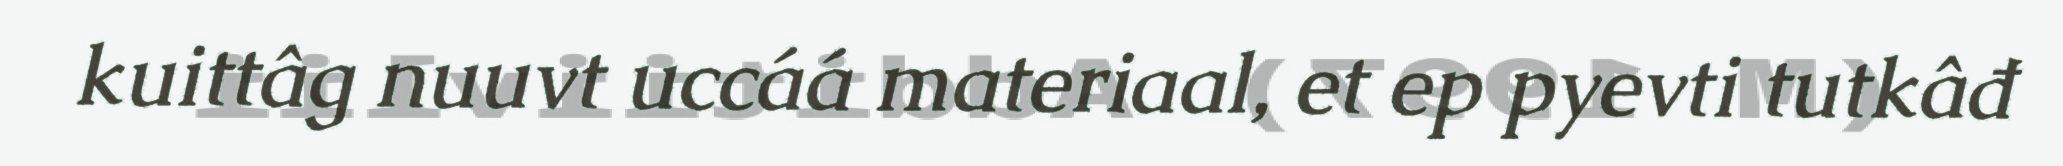
kuittâg nuuvt uccáá materiaal, et ep pyevti tutkâđ